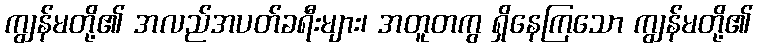
ကျွန်မတို့၏ အလည်အပတ်ခရီးများ၊ အတူတကွ ရှိနေကြသော ကျွန်မတို့၏